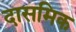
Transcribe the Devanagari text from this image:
दासमिक